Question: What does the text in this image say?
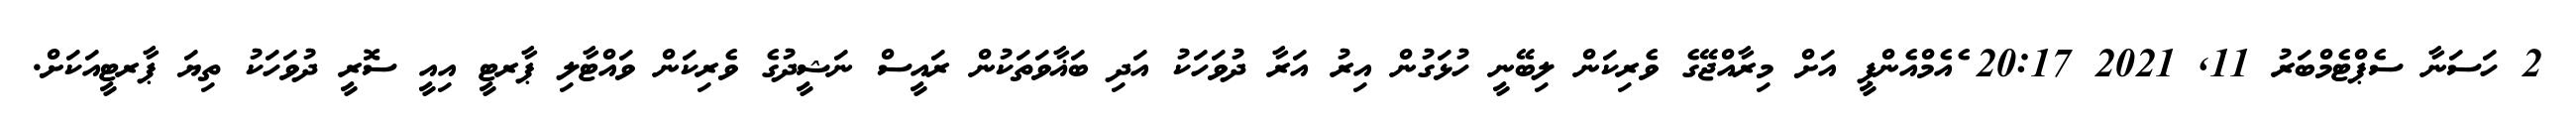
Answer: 2 ހަސަނާ ސެޕްޓެމްބަރު 11, 2021 20:17 ެއެމްއެންޕީ އަށް މިރާއްޖޭގެ ވެރިކަން ލިބޭނީ ހުޅަގުން އިރު އަރާ ދުވަހަކު އަދި ބަޣާވަތަކުން ރައީސް ނަޝީދުގެ ވެރިކަން ވައްޓާލި ޕާރޓީ އިއީ ސޮރީ ދުވަހަކު ތިޔަ ޕާރޓީއަކަށް.